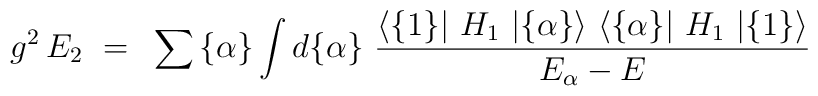
g^2 \, E_2 ~=~ \sum{ \{\alpha \}} \int d\{\alpha \} ~ {{ \langle \{ 1 \}  \vert~H_1~ \vert \{ \alpha \}\rangle ~ \langle \{ \alpha \}\vert ~H_1~ \vert \{ 1 \}\rangle } \over {E_\alpha - E}}